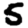
Digit: 5